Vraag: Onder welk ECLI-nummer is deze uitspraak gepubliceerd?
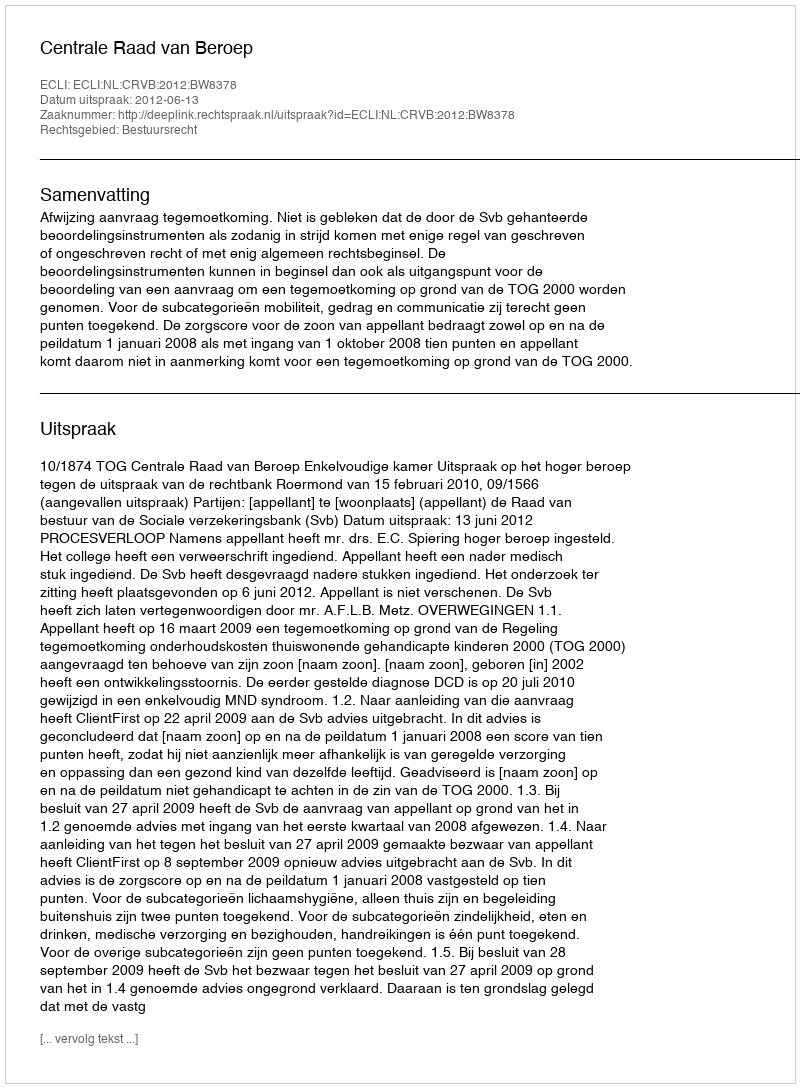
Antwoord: ECLI:NL:CRVB:2012:BW8378